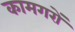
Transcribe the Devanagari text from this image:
कामगरों